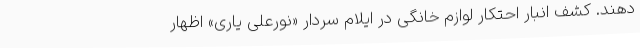
دهند. کشف انبار احتکار لوازم خانگی در ایلام سردار «نورعلی یاری» اظهار